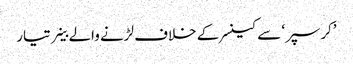
’کرسپر‘ سے کینسر کے خلاف لڑنے والے خلیے تیار